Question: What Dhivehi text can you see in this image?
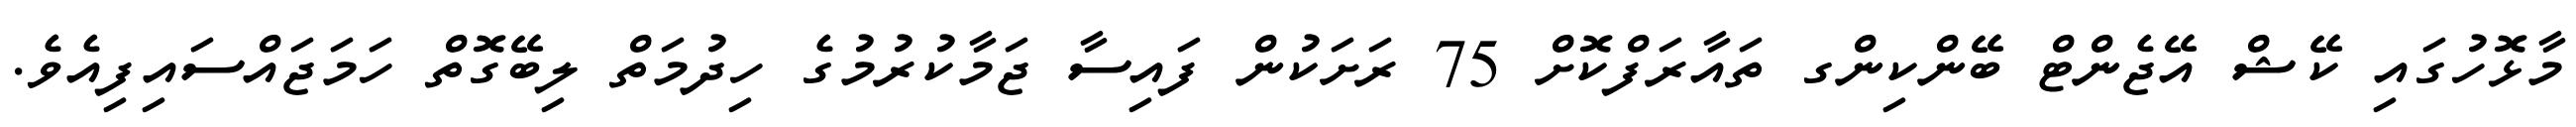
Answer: މާޅޮހުގައި ކޭޝް އޭޖެންޓް ބޭންކިންގ ތައާރަފްކޮށް 75 ރަށަކުން ފައިސާ ޖަމާކުރުމުގެ ހިދުމަތް ލިބޭގޮތް ހަމަޖައްސައިފިއެވެ.